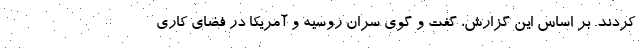
کردند. بر اساس این گزارش، گفت و گوی سران روسیه و آمریکا در فضای کاری